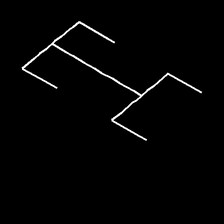
Glyph: entwine